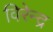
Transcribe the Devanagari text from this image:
विरेन्‍द्र